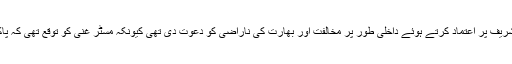
دوسال پہلے صدر اشرف غنی نے جنرل راحیل شریف پر اعتماد کرتے ہوئے داخلی طور پر مخالفت اور بھارت کی ناراضی کو دعوت دی تھی کیونکہ مسٹر غنی کو توقع تھی کہ پاکستان طالبان کو مذاکرات کی میز پر لے آئےگا ۔